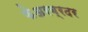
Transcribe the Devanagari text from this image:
फेअरब्रदर